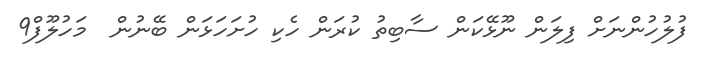
ފުލުހުންނަށް ފިލަން ނޫޅޭކަން ސާބިތު ކުރަން ހެކި ހުށަހަޅަން ބޭނުން  މަހުލޫފް9